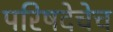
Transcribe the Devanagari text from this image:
परिषदेचेच